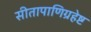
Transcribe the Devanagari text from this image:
सीतापाणिग्रहेष्ट